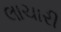
લાચારી